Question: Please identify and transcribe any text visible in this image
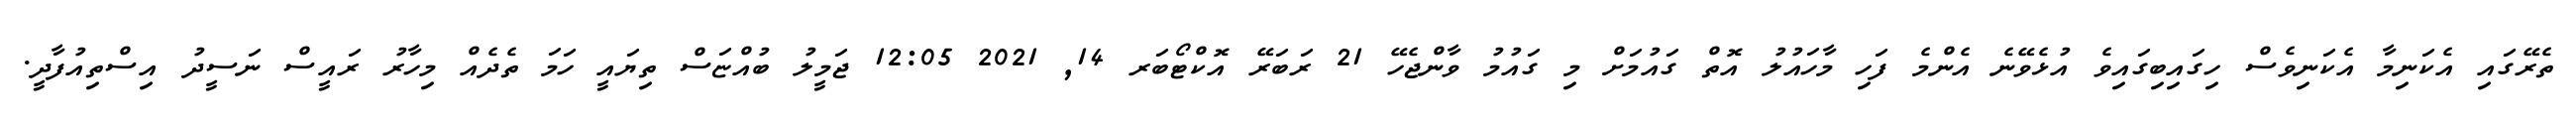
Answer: ތެރޭގައި އެކަނިމާ އެކަނިވެސް ހިގައިބިގައިވެ އުޅެވޭނެ އެންމެ ފަހި މާހައުލު އޮތް ގައުމަށް މި ގައުމު ވާންޖެހޭ 21 ރަބަރޭ އޮކްޓޯބަރ 14, 2021 12:05 ޖަމީލު ބުއްޏަސް ތިޔައީ ހަމަ ތެދެއް މިހާރު ރައީސް ނަސީދު އިސްތިއުފާދީ.